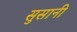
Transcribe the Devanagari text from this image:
सुसानी